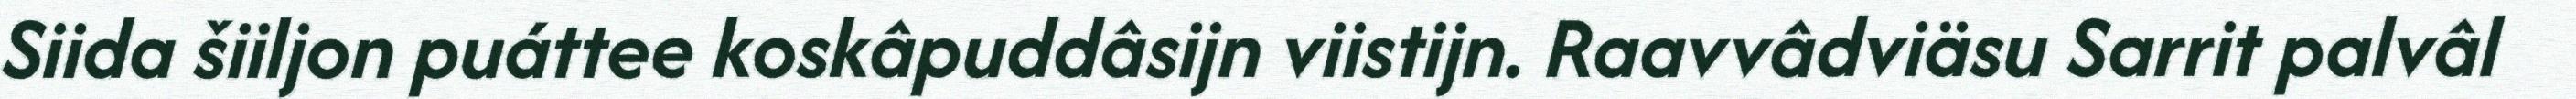
Siida šiiljon puáttee koskâpuddâsijn viistijn. Raavvâdviäsu Sarrit palvâl